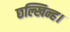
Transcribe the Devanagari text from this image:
छल्खिन्ह।